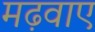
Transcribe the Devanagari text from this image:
मढ़वाए